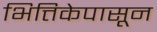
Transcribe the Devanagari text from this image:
भित्तिकेपासून